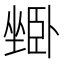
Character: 𱗾